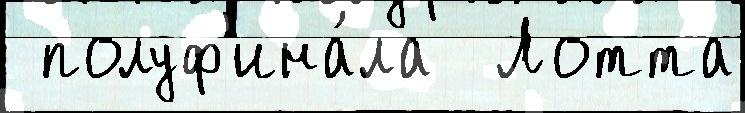
 полуф'ина́ла  Лотта